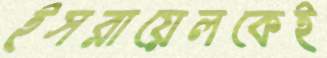
ইসরায়েলকেই